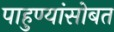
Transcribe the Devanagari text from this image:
पाहुण्यांसोबत